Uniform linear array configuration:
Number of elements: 4
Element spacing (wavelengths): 0.75
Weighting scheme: exponential
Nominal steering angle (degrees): -30
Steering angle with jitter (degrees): -31.795
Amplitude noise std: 0.05
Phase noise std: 0.05

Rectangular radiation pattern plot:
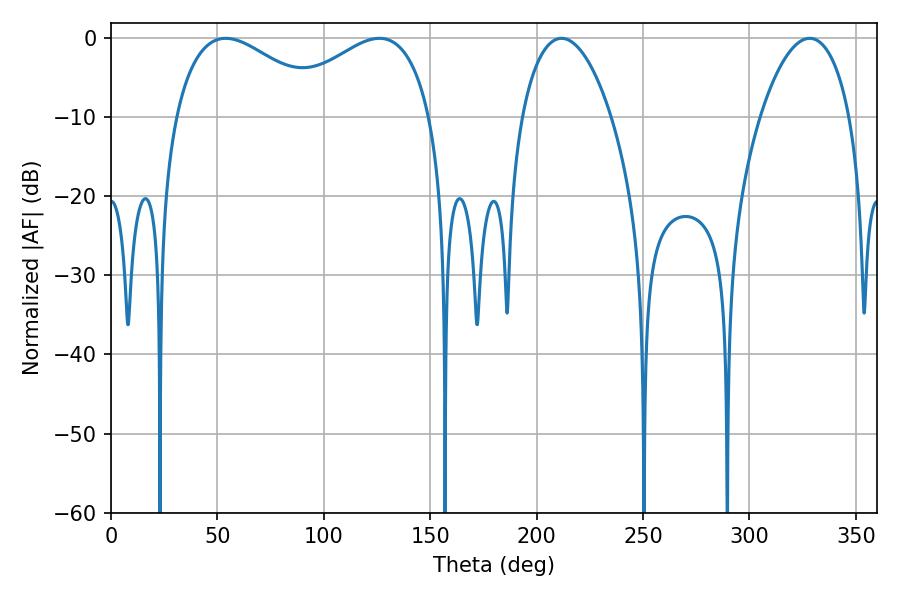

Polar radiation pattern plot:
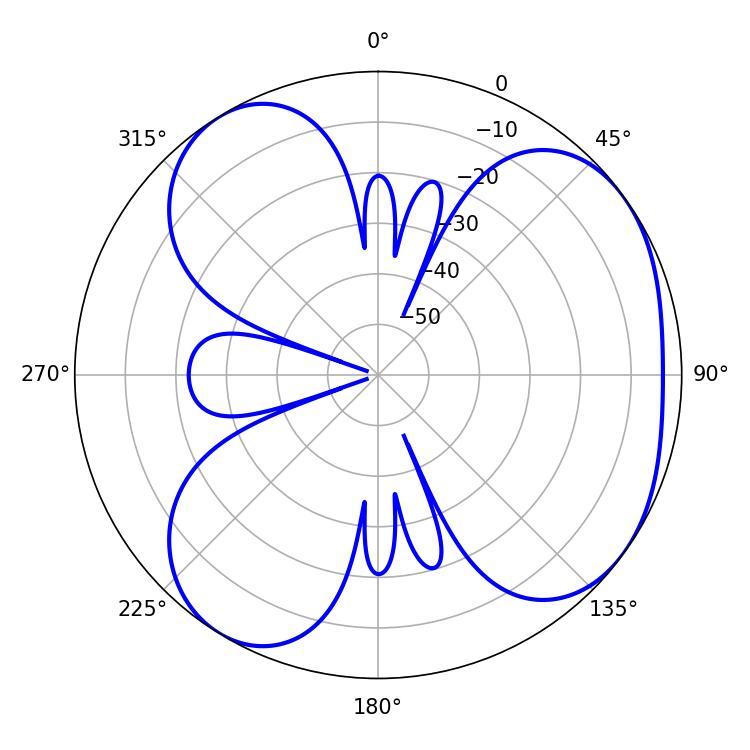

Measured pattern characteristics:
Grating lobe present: TRUE
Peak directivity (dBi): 4.767
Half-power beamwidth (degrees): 23.58
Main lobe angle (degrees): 211.68